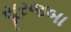
સૂરજબા